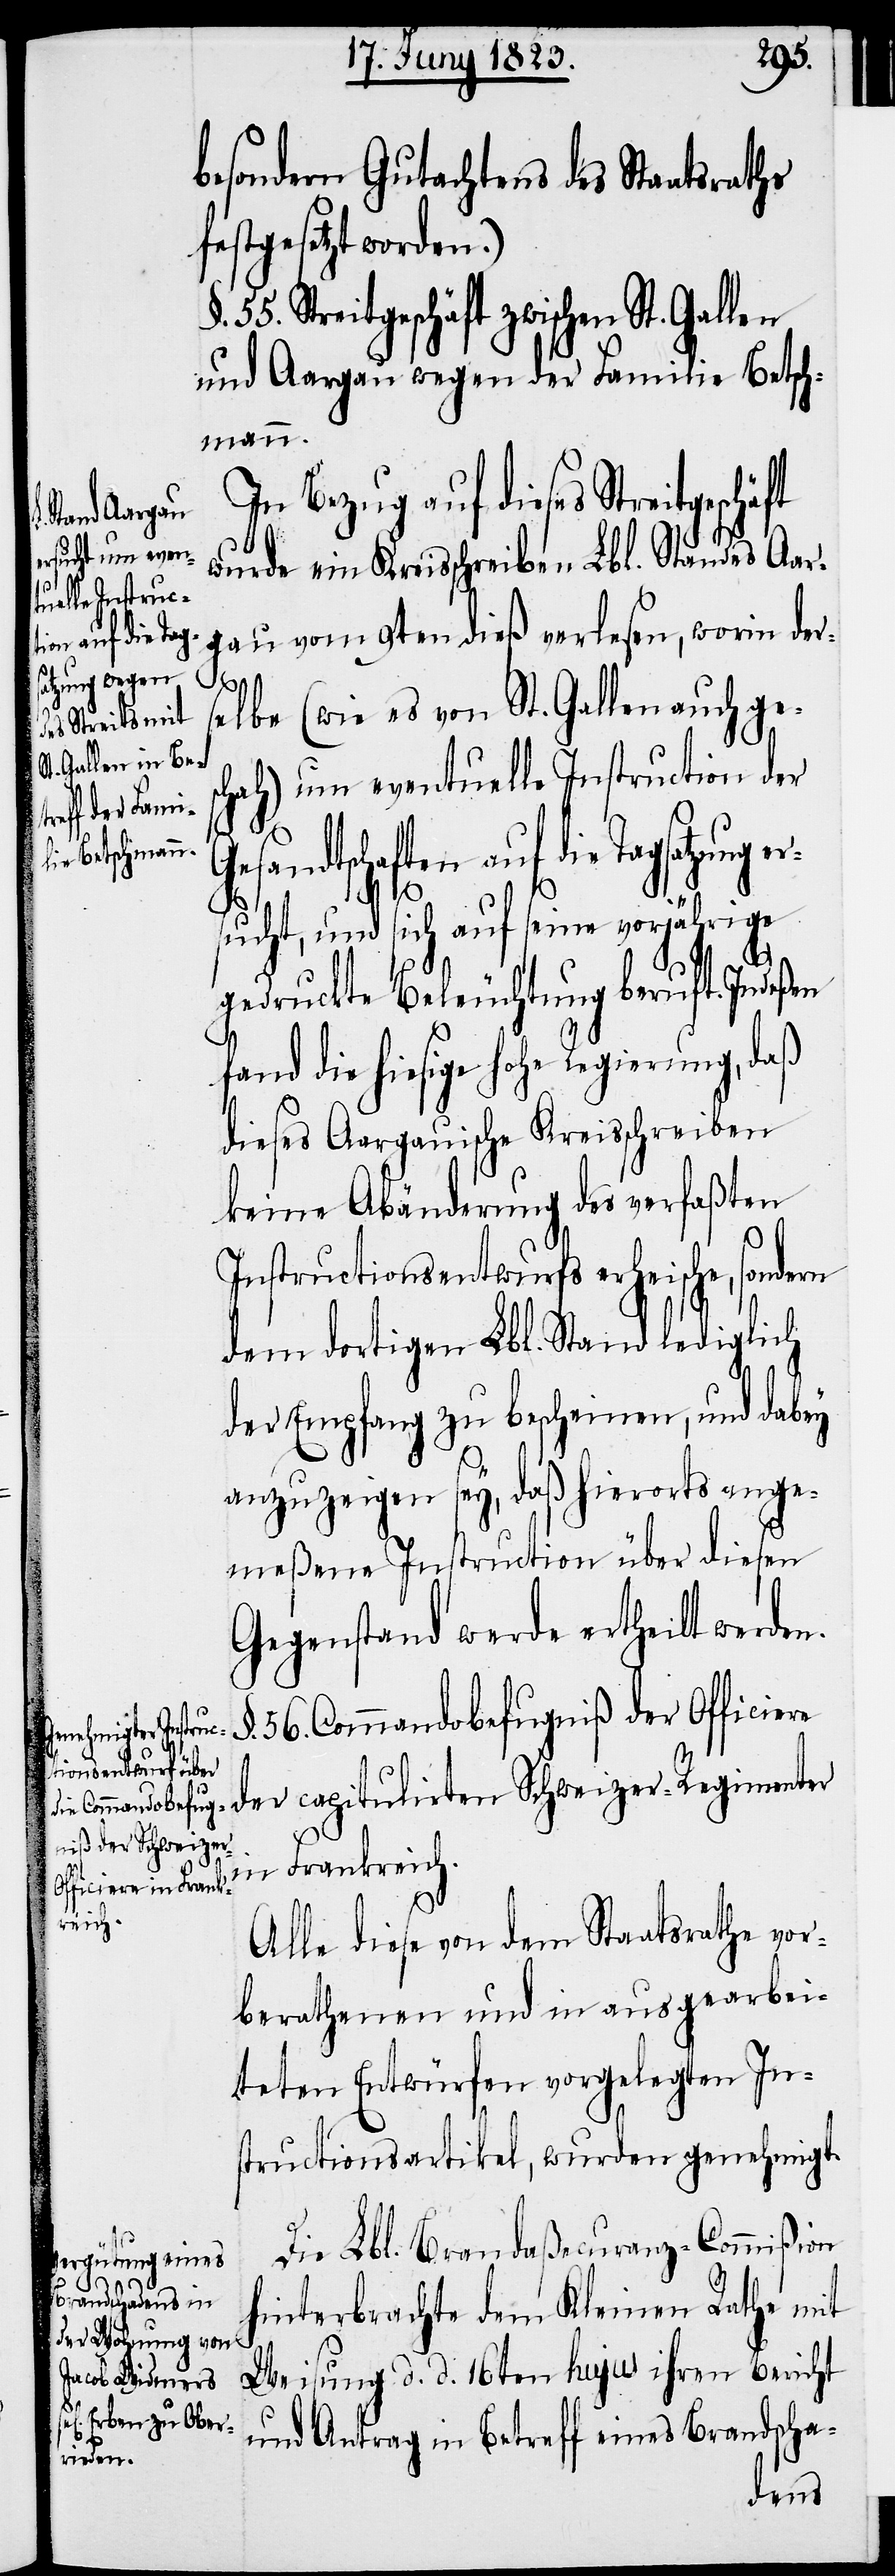
ten auf die T¬

besondern Gutachtens des Staatsraths
festgesetzt worden.)
55. Streitgeschäft zwischen St. Gallen
und Aargau wegen der Familie Betsch¬
mann.
In Bezug auf dieses Streitgeschäft
wurde ein Kreisschreiben Lbl. Standes Aar¬
gau vom 9ten dieß verlesen, worin der¬
selbe (wie es von St. Gallen auch ges¬
chah) um eventuelle Instruction der
agsatzung er¬
sucht, und sich auf seine vorjährige
gedruckte Beleuchtung beruft. Indeßen
fand die hiesige hohe Regierung, daß
dieses Aargauische Kreisschreiben
keine Abänderung des verfaßten
Instructionsentwurfs erheische, sondern
dem dortigen Lbl. Stand lediglich
der Empfang zu bescheinen, und dabey
anzuzeigen sey, daß hierorts ange¬
meßene Instruction über diesen
Gegenstand werde ertheilt werden.
56. Commandobefugniß der Officiere
der capitulirten Schweizer-Regimenter
in Frankreich.
Alle diese von dem Staatsrathe vor¬
berathenen und in ausgearbei¬
teten Entwürfen vorgelegten In¬
structionsartikel, wurden genehmigt.
Die Lbl. Brandaßecuranz-Commißion
hinterbrachte dem Kleinen Rathe mit
Weisung d. d. 16ten hujus ihren Bericht
und Antrag in Betreff eines Brandscha-